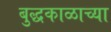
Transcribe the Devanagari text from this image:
बुद्धकाळाच्या